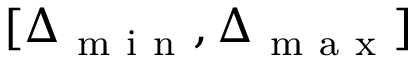
[ \Delta _ { \mathrm { ~ m ~ i ~ n ~ } } , \Delta _ { \mathrm { ~ m ~ a ~ x ~ } } ]